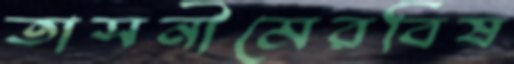
তাসনীমেরবিষ